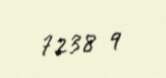
7238 q